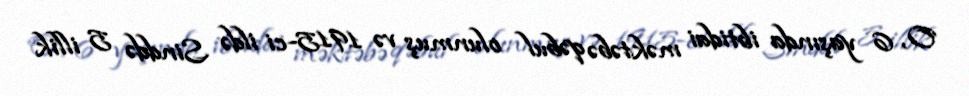
O, 6 yaşında ibtidai məktəbə qəbul olunmuş və 1915-ci ildə Sinddə 5 illik